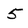
Character: 5